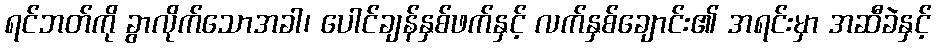
ရင်ဘတ်ကို ခွာလိုက်သောအခါ၊ ပေါင်ချန်နှစ်ဖက်နှင့် လက်နှစ်ချောင်း၏ အရင်းမှာ အဆီခဲနှင့်